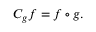
C _ { g } f = f \circ g .